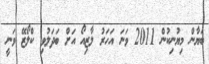
ބަޔާން މިޔުނިކުން 2011 ވަނަ އަހަރު ލާޒިއޯ އަށް ބަދަލުވި ކްލޯޒޭ ވަނީ